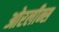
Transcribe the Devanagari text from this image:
ओरलीन्स